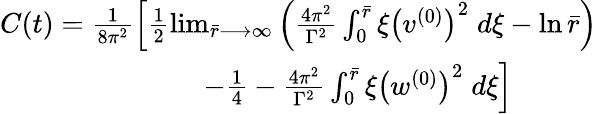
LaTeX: \begin{array}{r}{C(t)=\frac{1}{8\pi^{2}}\Big[\frac{1}{2}\operatorname*{lim}_{\bar{r}\longrightarrow\infty}\left(\frac{4\pi^{2}}{\Gamma^{2}}\int_{0}^{\bar{r}}\xi\left(v^{(0)}\right)^{2}\; d\xi-\ln\bar{r}\right)}\\ {-\frac{1}{4}-\frac{4\pi^{2}}{\Gamma^{2}}\int_{0}^{\bar{r}}\xi\left(w^{(0)}\right)^{2}\; d\xi\Big]\quad\quad\quad}\end{array}